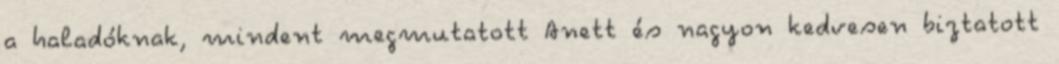
a haladóknak, mindent megmutatott Anett és nagyon kedvesen biztatott